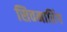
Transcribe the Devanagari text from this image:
सिवमारिंग